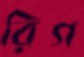
রিগ